Indian journal of veterinary science and animal husbandry - Volume 2,
Year: 1932
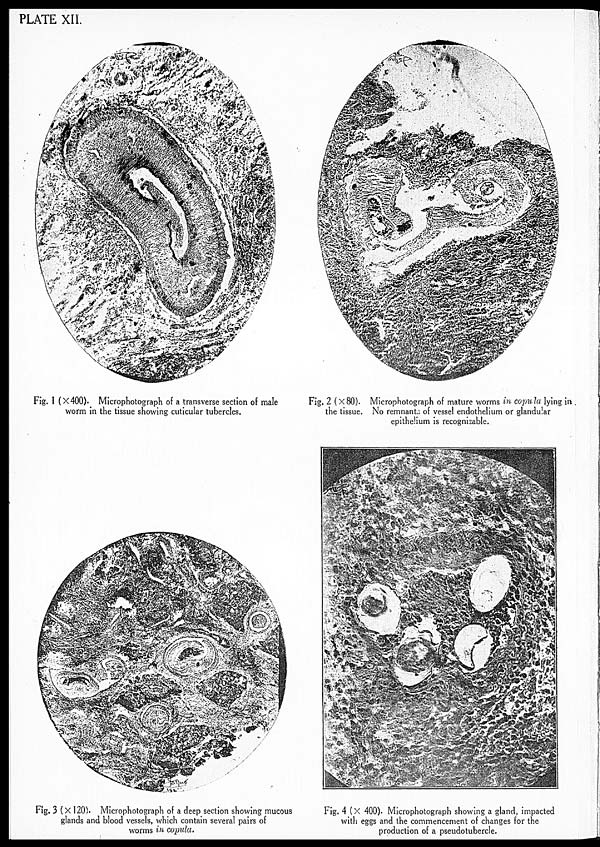
PLATE XII.
Fig. 1 (×400). Microphotograph of a transverse section of male
worm in the tissue showing cuticular tubercles.
Fig. 2 (× 80). Microphotograph of mature worms in copula lying in .
the tissue. No remnants of vessel endothelium or glandular
epithelium is recognisable.
Fig. 3 (× 120). Microphotograph of a deep section showing mucous
glands and blood vessels, which contain several pairs of
worms in copula.
Fig. 4 (× 400). Microphotograph showing a gland, impacted
with eggs and the commencement of changes for the
production of a pseudotubercle.